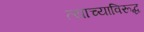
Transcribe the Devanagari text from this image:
त्याच्याविरूद्ध